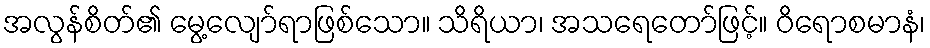
အလွန်စိတ်၏ မွေ့လျော်ရာဖြစ်သော။ သိရိယာ၊ အသရေတော်ဖြင့်။ ဝိရောစမာနံ၊